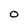
Character: O